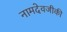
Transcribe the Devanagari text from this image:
नामदेवजीकी